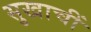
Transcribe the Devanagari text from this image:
सुखाचीं